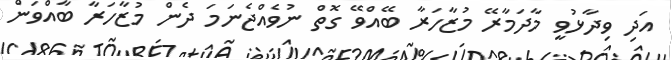
އަދި ވިދާޅުވީ މާދަމާރޭ މުޒާހަރާ ބޭއްވޭ ގޮތް ނުވެއްޖެނަމަ ދެން މުޒާހަރާ ބާއްވަން